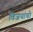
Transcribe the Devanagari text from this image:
विजयांची